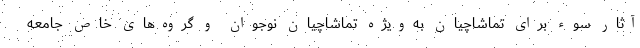
آثار سوء برای تماشاچیان به‌ویژه تماشاچیان نوجوان و گروه‌های خاص جامعه